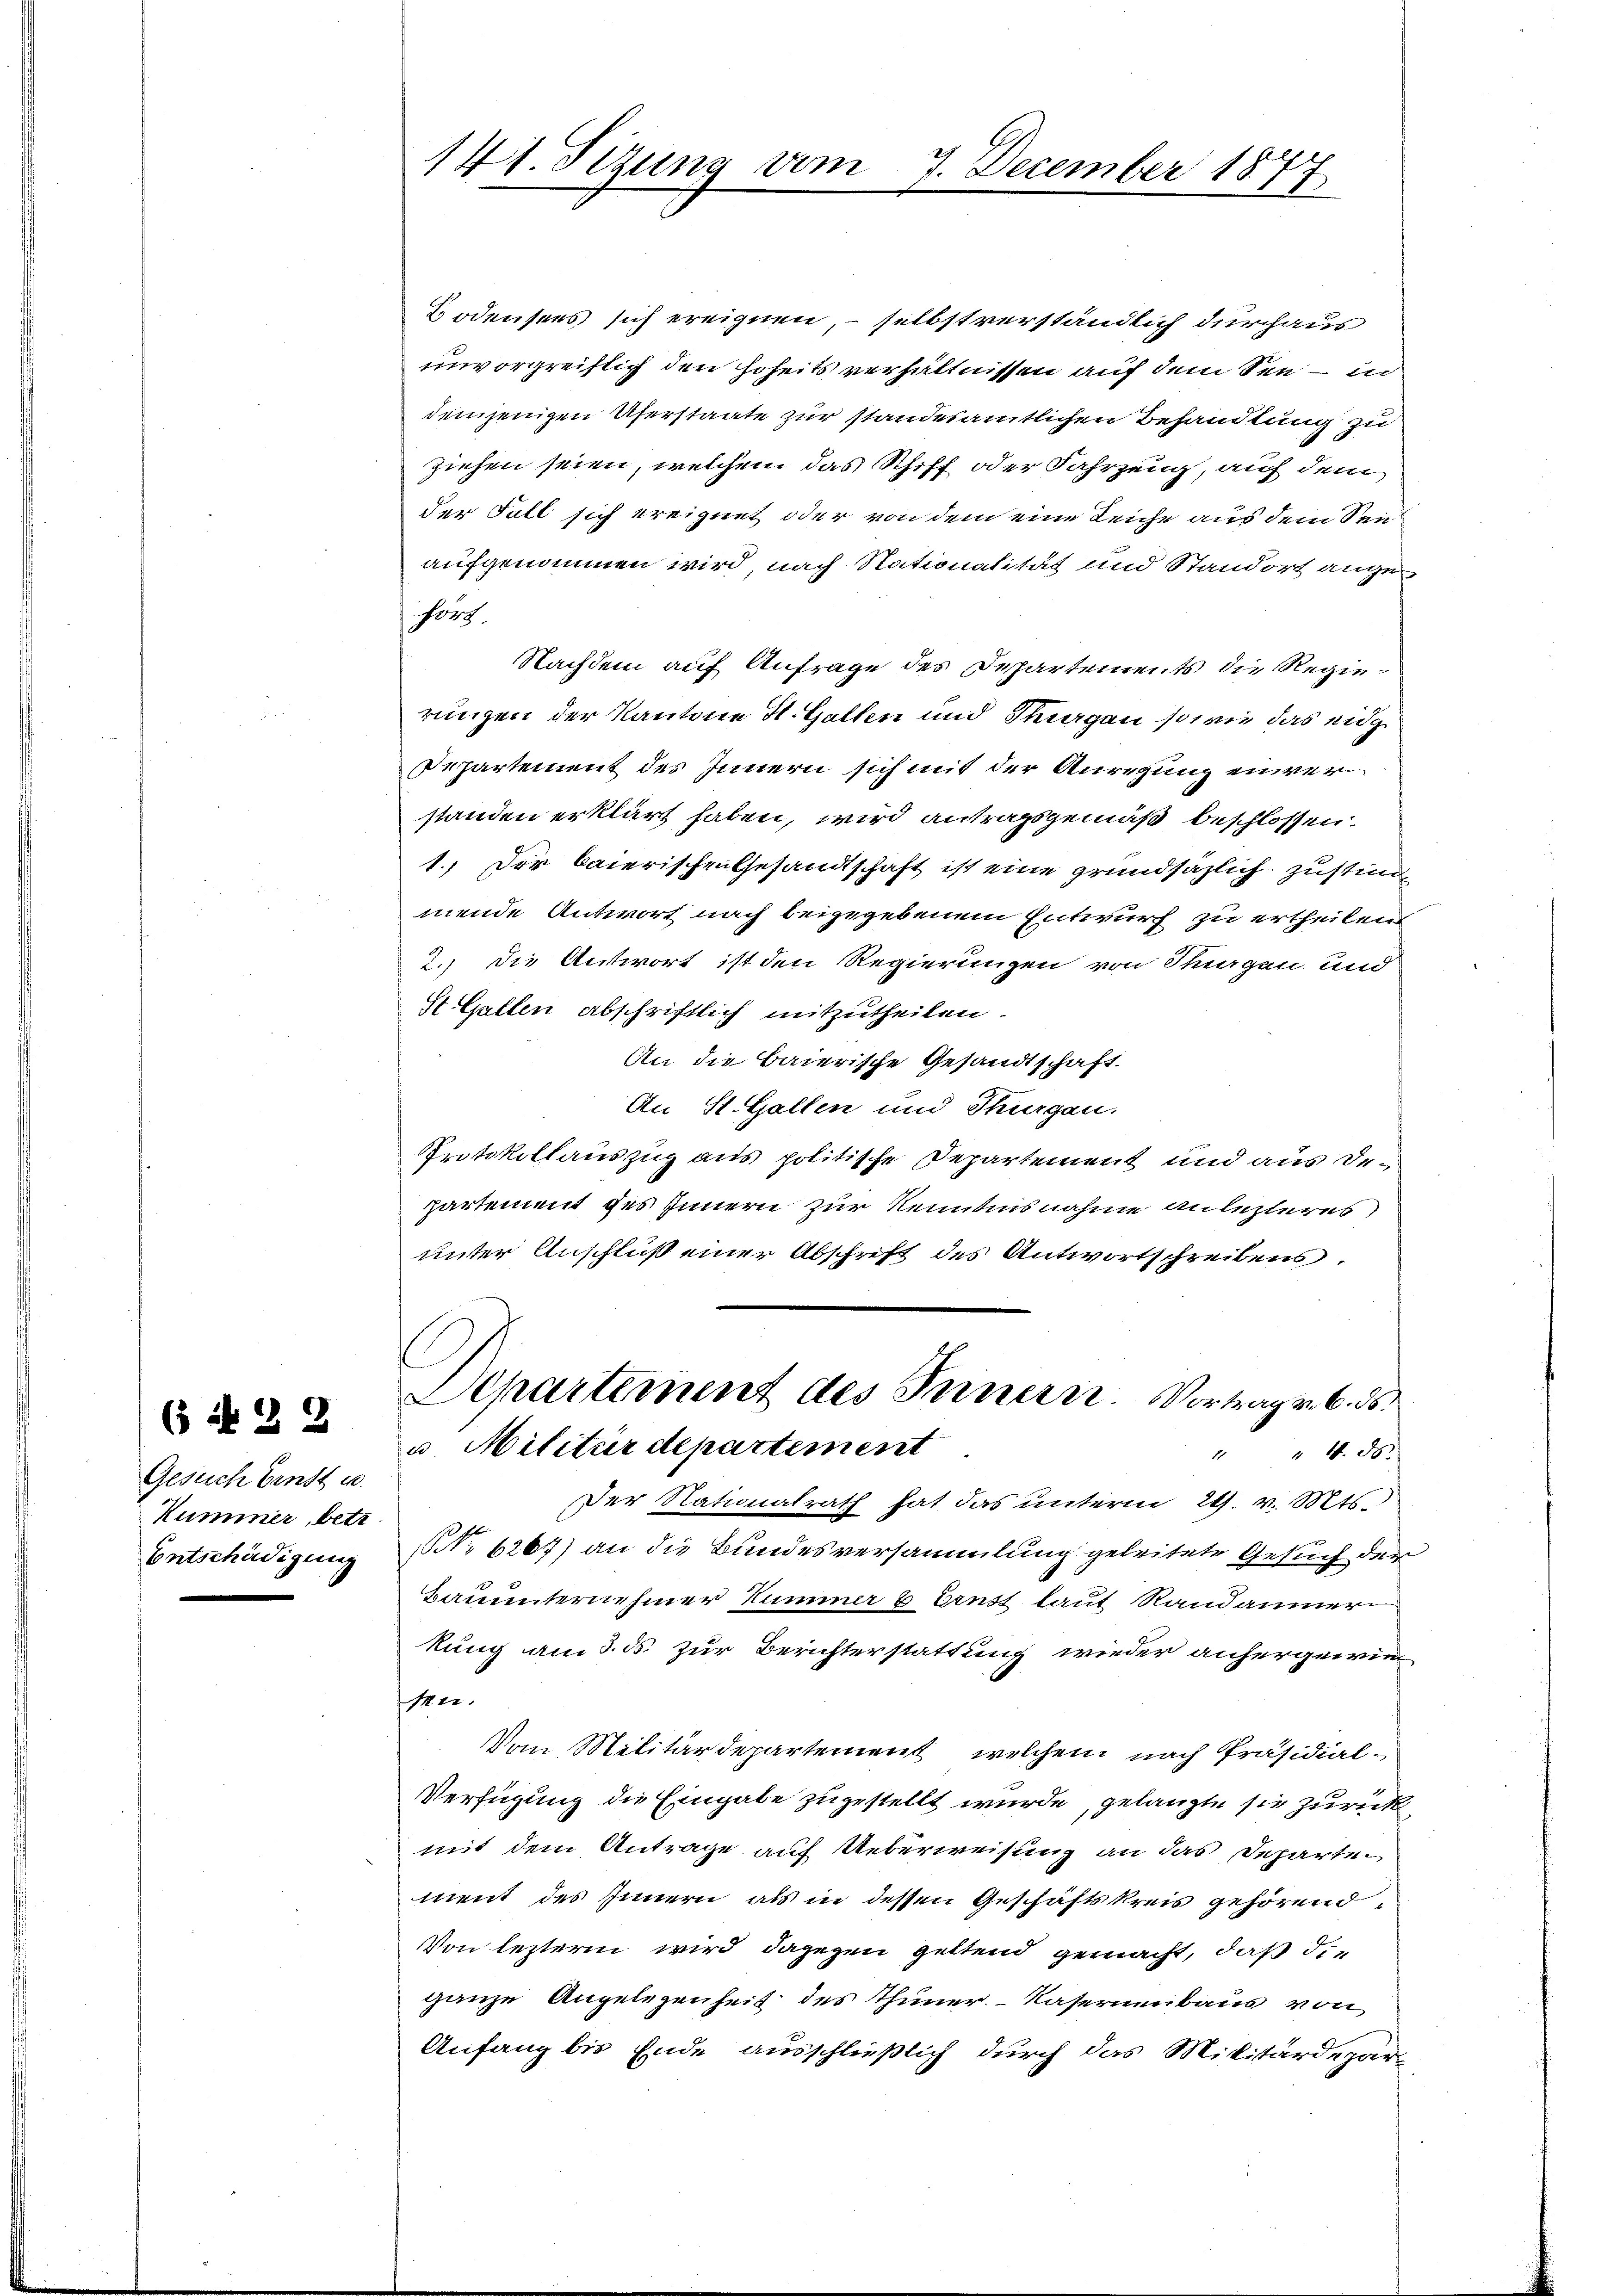
Gesuch Einst u.
Kummer, betr.
Entschädigung

( N 22

141. Sitzung vom 7. December 1877

Bodensees sich ereignen, – selbst verständlich durchaus
unvorgreiflich den Hoheits verhältnissen auf dem See – in
demjenigen Uferstaate zur standesamtlichen Behandlung zu
ziehen seien, welchem das Schiff oder Fahrzeug, auf dem
der Fall sich ereignet oder von dem eine Leiche aus dem Seeaufgenommen wird, nach Nationalität und Standort angefort.
Nachdem auf Anfrage des Departements die Regierungen der Kantone St. Galten und Tagen so wie das eidg
Departement des Innern sich mit der Anregung einverstanden erklärt haben, wird antragsgemäß beschlossen:
1.) Der baierischen Gesandtschaft ist eine grundsazlich Zustim
mende Antwort nach beigegebenem Entwurf zu ertheilen
2.) die Antwort ist den Regierungen von Stigen und
St. Gallen abschriftlich mitzutheilen.
An die baierische Gesandtschaft.
An St. Gallen und Thurgau.
Protokollauszug aus politische Departement und aus Departement des Innern zur Kenntnisnahme anlezteres
unter Anschluß einer Abschrift des Antwortschreibens.
Departement des Innern Vortrage b. d
u. Militärdepartement
 450.
Der Nationalrath hat das unterm 21. v. Mts.
NNo. 6267) an die Bundesversammlung geleitete Gesuch der
Bauunternehmer Kummer & Ernst laut Randaumer
kung am 3. ds. zur Berichterstattung wieder anhergewie
ser.
Vom Militärdepartement, welchem nach Präsidial-
Verfügung die Eingabe zugestellt wurde, gelangte sie zurück
mit dem Antrage auf Ueberweisung an das Departe
ment des Innern als in dessen Geschäftskreis gehörend
Von leztern wird dagegen geltend gemacht, daß die
ganze Angelegenheit des Thuner Kasernenbaus von
Anfang bis Ende ausschließlich durch das Militärdepar¬